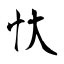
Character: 忕